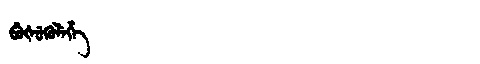
Manchu: ᠪᡠᡧᡠᡴᡠᠯᡝᡥᡝ
Romanization: BUŠUKULEHE